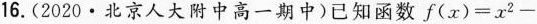
16.(2020·北京人大附中高一期中)已知函数$$f(x)=x^{2}-$$